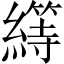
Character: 𦅯